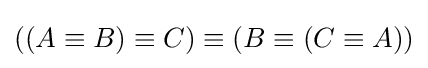
((A\equiv B)\equiv C)\equiv (B\equiv (C\equiv A))